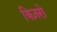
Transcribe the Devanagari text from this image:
क्ज़िरो